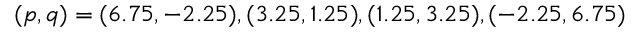
( p , q ) = ( 6 . 7 5 , - 2 . 2 5 ) , ( 3 . 2 5 , 1 . 2 5 ) , ( 1 . 2 5 , 3 . 2 5 ) , ( - 2 . 2 5 , 6 . 7 5 )